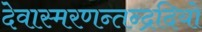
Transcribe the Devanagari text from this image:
देवास्मरणन्तन्द्रदियो